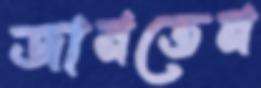
জানতেন